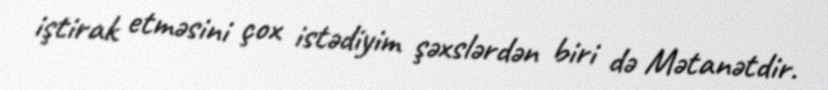
iştirak etməsini çox istədiyim şəxslərdən biri də Mətanətdir.